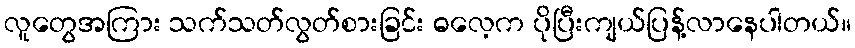
လူတွေအကြား သက်သတ်လွတ်စားခြင်း ဓလေ့က ပိုပြီးကျယ်ပြန့်လာနေပါတယ်။